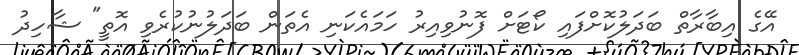
އޭގެ އިބާރާތް ބަދަލުކޮށްފައި ކޯޓަށް ފޮނުވިއިރު ހަމައެކަނި އެތަން ބަދަލުނުކުރެވި އޮތީ" ޝާހިދު